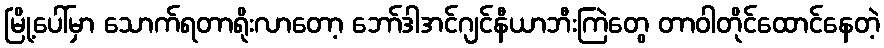
မြို့ပေါ်မှာ သောက်ရတာရိုးလာတော့ ဘော်ဒါအင်ဂျင်နီယာဘီးကြဲတွေ တာဝါတိုင်ထောင်နေတဲ့